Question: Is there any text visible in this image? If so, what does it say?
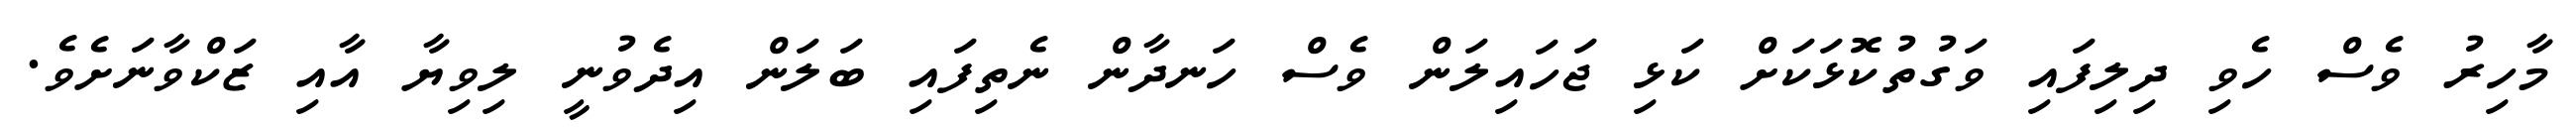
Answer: މާހިރު ވެސް ހެވި ދިލިފައި ވަގުތުކޮޅަކަށް ކަޅި ޖަހައިލަން ވެސް ހަނދާން ނެތިފައި ބަލަން އިދެވުނީ ލިވިޔާ އާއި ޒަކްވާނަށެވެ.